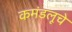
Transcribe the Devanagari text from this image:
कमंडलूचे